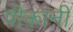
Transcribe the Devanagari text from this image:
पीकानी